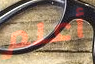
أعلم